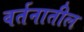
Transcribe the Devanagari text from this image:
वर्तनातील